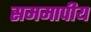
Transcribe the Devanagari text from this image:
सममापीय